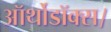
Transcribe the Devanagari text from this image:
ऑर्थोडॉक्स।